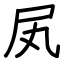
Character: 㞍